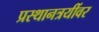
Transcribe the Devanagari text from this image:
प्रस्थानत्रयींवर